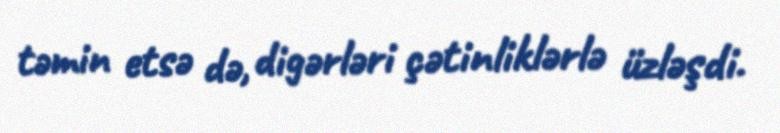
təmin etsə də, digərləri çətinliklərlə üzləşdi.